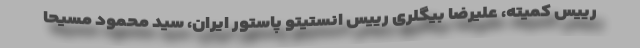
رییس کمیته، علیرضا بیگلری رییس انستیتو پاستور ایران، سید محمود مسیحا